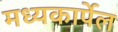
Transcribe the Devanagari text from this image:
मध्यकार्पेल